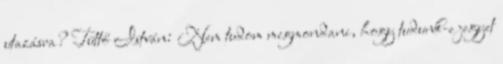
utazásra? Tüttő István: Nem tudom megmondani, hogy tudunk-e jegyet